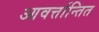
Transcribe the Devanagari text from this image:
आवर्त्तान्तित